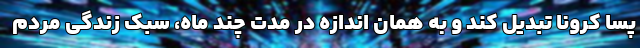
پسا کرونا تبدیل کند و به همان اندازه در مدت چند ماه، سبک زندگی مردم